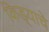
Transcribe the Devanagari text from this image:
किड्याचे